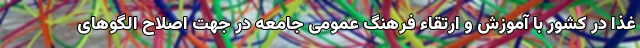
غذا در کشور با آموزش و ارتقاء فرهنگ عمومی جامعه در جهت اصلاح الگوهای